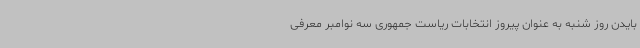
بایدن روز شنبه به عنوان پیروز انتخابات ریاست جمهوری سه نوامبر معرفی